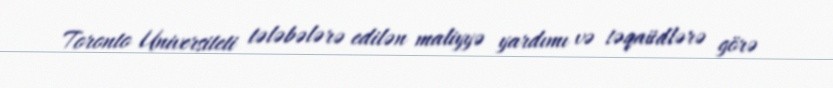
Toronto Universiteti tələbələrə edilən maliyyə yardımı və təqaüdlərə görə